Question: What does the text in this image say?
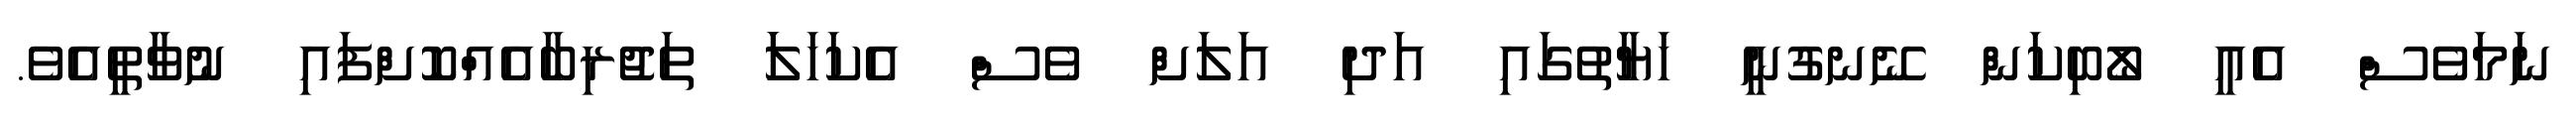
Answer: ނަމަވެސް އެއީ ލޯބިކަން ނޭނގުނީ ހަޔާތުގައި އަދި އަލަށް ވެސް އެކަހަލަަ ތަޖުރިބާއެއްކޮށްފައި ނުވާތީއެވެ.